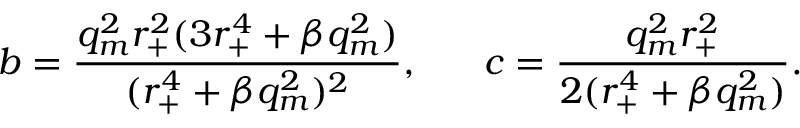
b = \frac { q _ { m } ^ { 2 } r _ { + } ^ { 2 } ( 3 r _ { + } ^ { 4 } + \beta q _ { m } ^ { 2 } ) } { ( r _ { + } ^ { 4 } + \beta q _ { m } ^ { 2 } ) ^ { 2 } } , ~ ~ ~ ~ ~ c = \frac { q _ { m } ^ { 2 } r _ { + } ^ { 2 } } { 2 ( r _ { + } ^ { 4 } + \beta q _ { m } ^ { 2 } ) } .